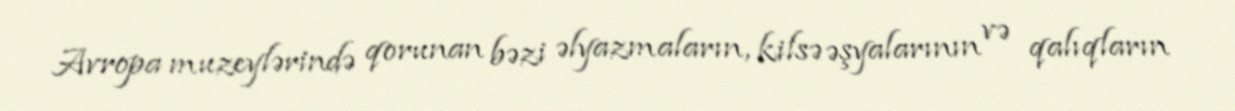
Avropa muzeylərində qorunan bəzi əlyazmaların, kilsə əşyalarının və qalıqların